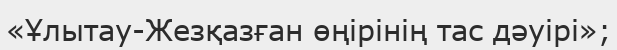
«Ұлытау-Жезқазған өңірінің тас дәуірі»;